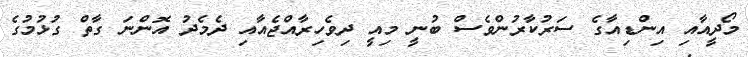
މޯދީއާއި އިންޑިއާގެ ސަރުކާރުންވެސް ބުނީ މިއީ ދިވެހިރާއްޖެއާއި ދެމެދު އޮންނަ ގާތް ގުޅުމުގެ